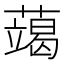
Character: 𮒍